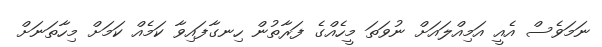
ނަމަވެސް އެއީ އަމިއްލައަށް ނުވަތަ މީހެއްގެ ފަރާތުން ހިނގާފައިވާ ކަމެއް ކަމަށް މިހާތަނަށް